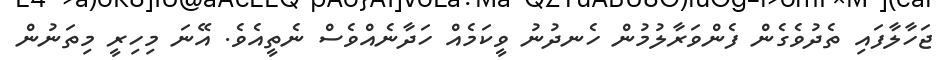
ޖަހާލާފައި ތެދުވެގެން ފެންވަރާލުމުން ހެނދުނު ވީކަމެއް ހަދާނެއްވެސް ނެތީއެވެ. އޭނަ މިހިރީ މިތަނުން